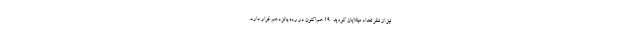
نیز از نظر تعداد مبتلایان کووید-۱۹ هم‌اکنون در رده پانزدهم قرار دارد.